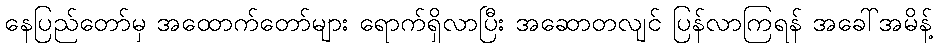
နေပြည်တော်မှ အထောက်တော်များ ရောက်ရှိလာပြီး အဆောတလျင် ပြန်လာကြရန် အခေါ်အမိန့်